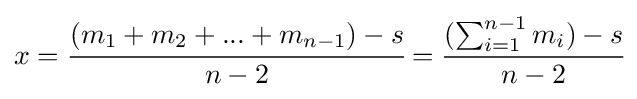
x={\cfrac {(m_{1}+m_{2}+...+m_{n-1})-s}{n-2}}={\cfrac {(\sum _{i=1}^{n-1}m_{i})-s}{n-2}}